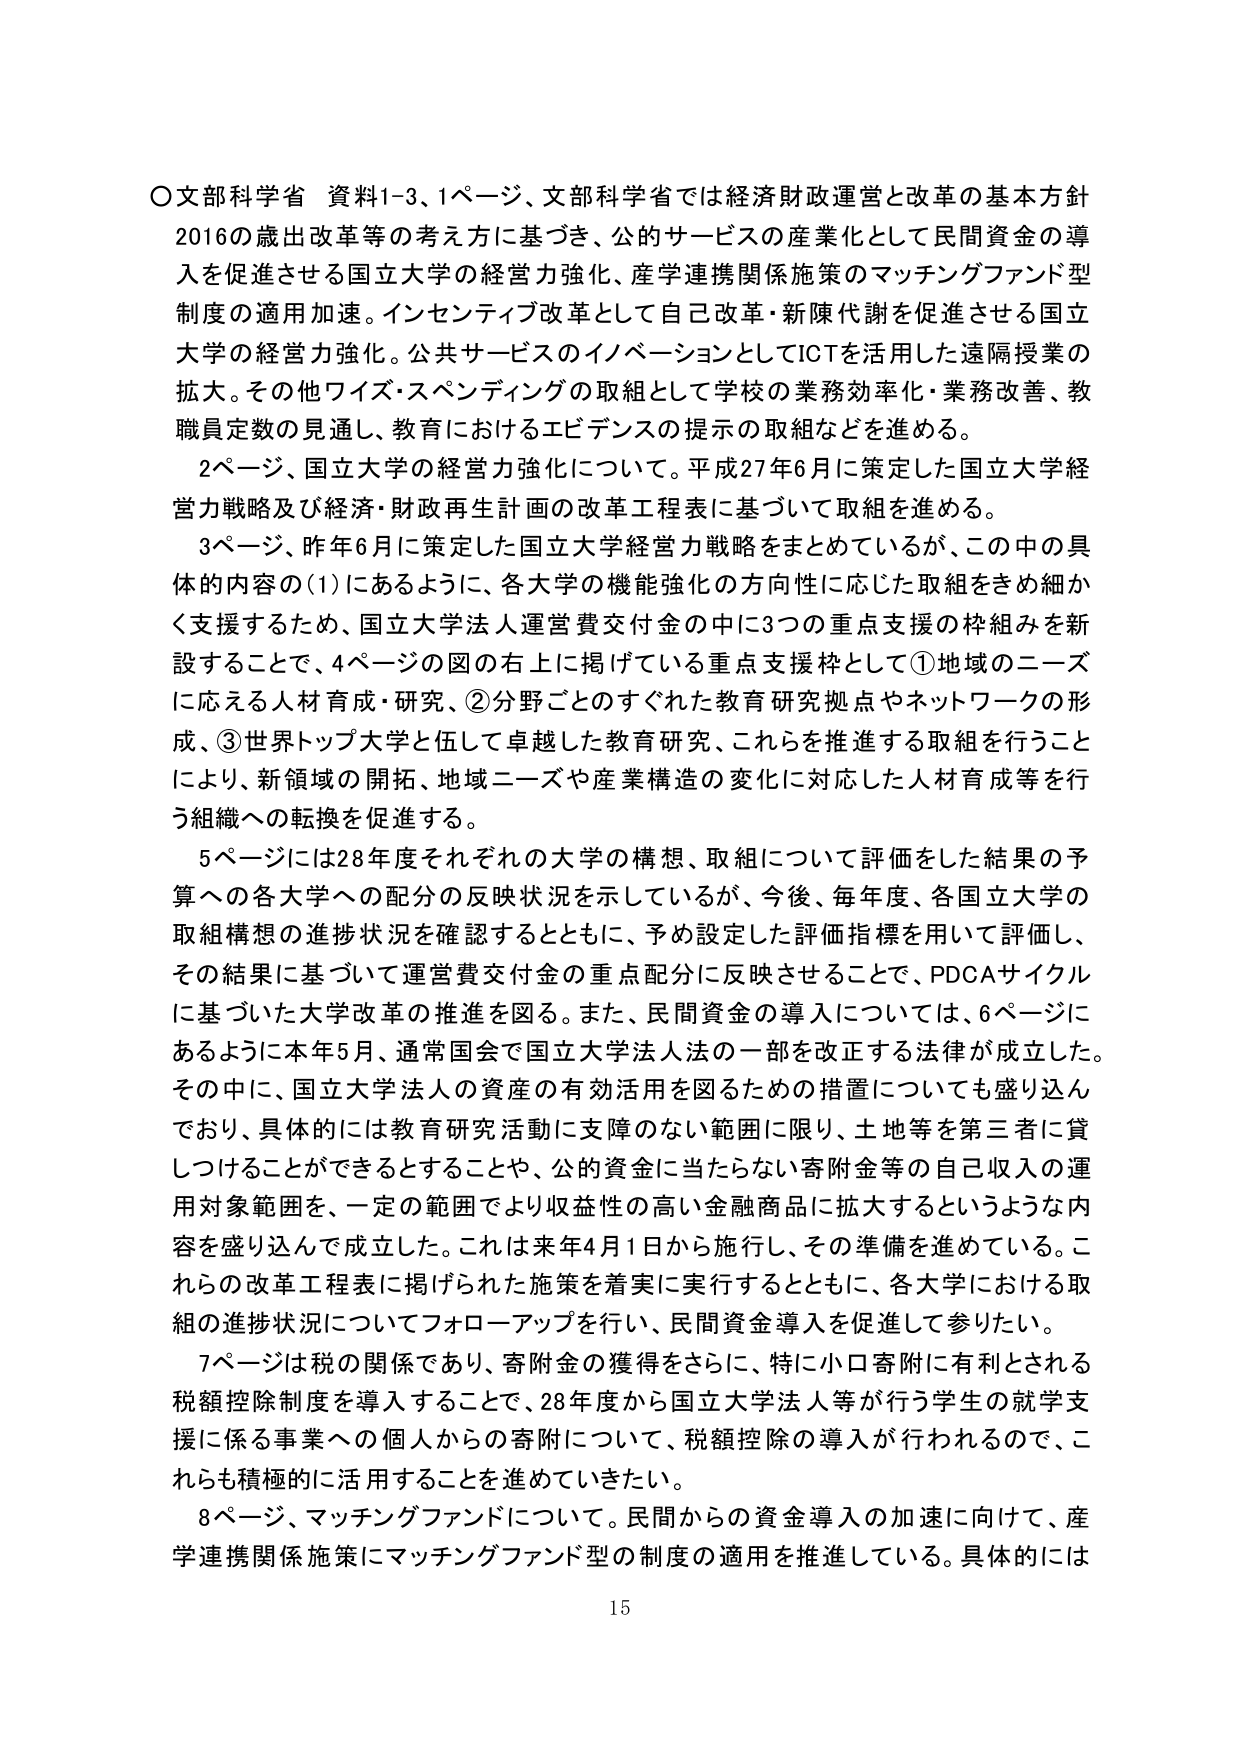
〇文部科学省 資料1-3、1ページ、文部科学省では経済財政運営と改革の基本方針2016の歳出改革等の考え方に基づき、公的サービスの産業化として民間資金の導入を促進させる国立大学の経営力強化、産学連携関係施策のマッチングファンド型制度の適用加速。インセンティブ改革として自己改革・新陳代謝を促進させる国立大学の経営力強化。公共サービスのイノベーションとしてICTを活用した遠隔授業の拡大。その他ワイズ・スペンディングの取組として学校の業務効率化・業務改善、教職員定数の見通し、教育におけるエビデンスの提示の取組などを進める。

2ページ、国立大学の経営力強化について。平成27年6月に策定した国立大学経営力戦略及び経済・財政再生計画の改革工程表に基づいて取組を進める。

3ページ、昨年6月に策定した国立大学経営力戦略をまとめているが、この中の具体的な内容の(1)にあるように、各大学の機能強化の方向性に応じた取組をきめ細かく支援するため、国立大学法人運営費交付金の中に3つの重点支援の枠組みを新設することで、4ページの図の右上に掲げている重点支援枠として①地域のニーズに応える人材育成・研究、②分野ごとのすぐれた教育研究拠点やネットワークの形成、③世界トップ大学と伍して卓越した教育研究、これらを推進する取組を行うことにより、新領域の開拓、地域ニーズや産業構造の変化に対応した人材育成等を行う組織への転換を促進する。

5ページには28年度それぞれの大学の構想、取組について評価をした結果の予算への各大学への配分の反映状況を示しているが、今後、毎年度、各国立大学の取組構想の進捗状況を確認するとともに、予め設定した評価指標を用いて評価し、その結果に基づいて運営費交付金の重点配分に反映させることで、PDCAサイクルに基づいた大学改革の推進を図る。また、民間資金の導入については、6ページにあるように本年5月、通常国会で国立大学法人法の一部を改正する法律が成立した。その中に、国立大学法人の資産の有効活用を図るための措置についても盛り込んでおり、具体的には教育研究活動に支障のない範囲に限り、土地等を第三者に貸しつけることができるということや、公的資金に当たらない寄附金等の自己収入の運用対象範囲を、一定の範囲でより収益性の高い金融商品に拡大するというような内容を盛り込んで成立した。これは来年4月1日から施行し、その準備を進めている。これらの改革工程表に掲げられた施策を着実に実行するとともに、各大学における取組の進捗状況についてフォローアップを行い、民間資金導入を促進して参りたい。

7ページは税の関係であり、寄附金の獲得をさらに、特に小口寄附に有利とされる税額控除制度を導入することで、28年度から国立大学法人等が行う学生の就学支援に係る事業への個人からの寄附について、税額控除の導入が行われるので、これらも積極的に活用することを進めていきたい。

8ページ、マッチングファンドについて。民間からの資金導入の加速に向けて、産学連携関係施策にマッチングファンド型の制度の適用を推進している。具体的には

15